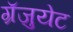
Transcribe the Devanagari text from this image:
ग्रॅजुयेट